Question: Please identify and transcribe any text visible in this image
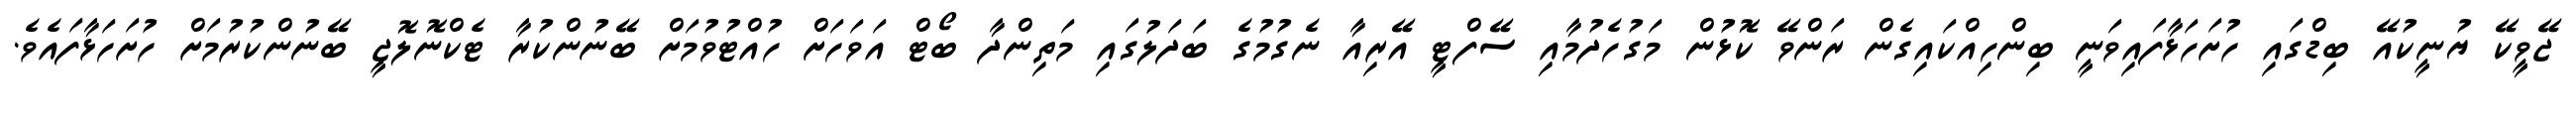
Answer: ޖޭވީކޭ ޔުނީކުއޭ ބިޑްގައި ހުށަހަޅާފައިވަނީ ބިންހިއްކައިގެން ރަންވޭ ކޮޅުން މަގުހެދުމާއި ސޭފްޓީ އޭރިއާ ނެގުމުގެ ބަދަލުގައި މަތިންދާ ބޯޓް އަވަހަށް ހުއްޓުވުމަށް ބޭނުންކުރާ ޓެކްނޮލޮޖީ ބޭނުންކުރުމަށް ހުށަހަޅާފައެވެ.